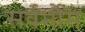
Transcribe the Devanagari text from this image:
सर्वर्भौम